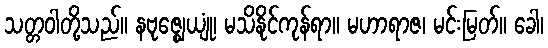
သတ္တဝါတို့သည်။ နဗုဇ္ဈေယျုံ၊ မသိနိုင်ကုန်ရာ။ မဟာရာဇ၊ မင်းမြတ်။ ခေါ၊